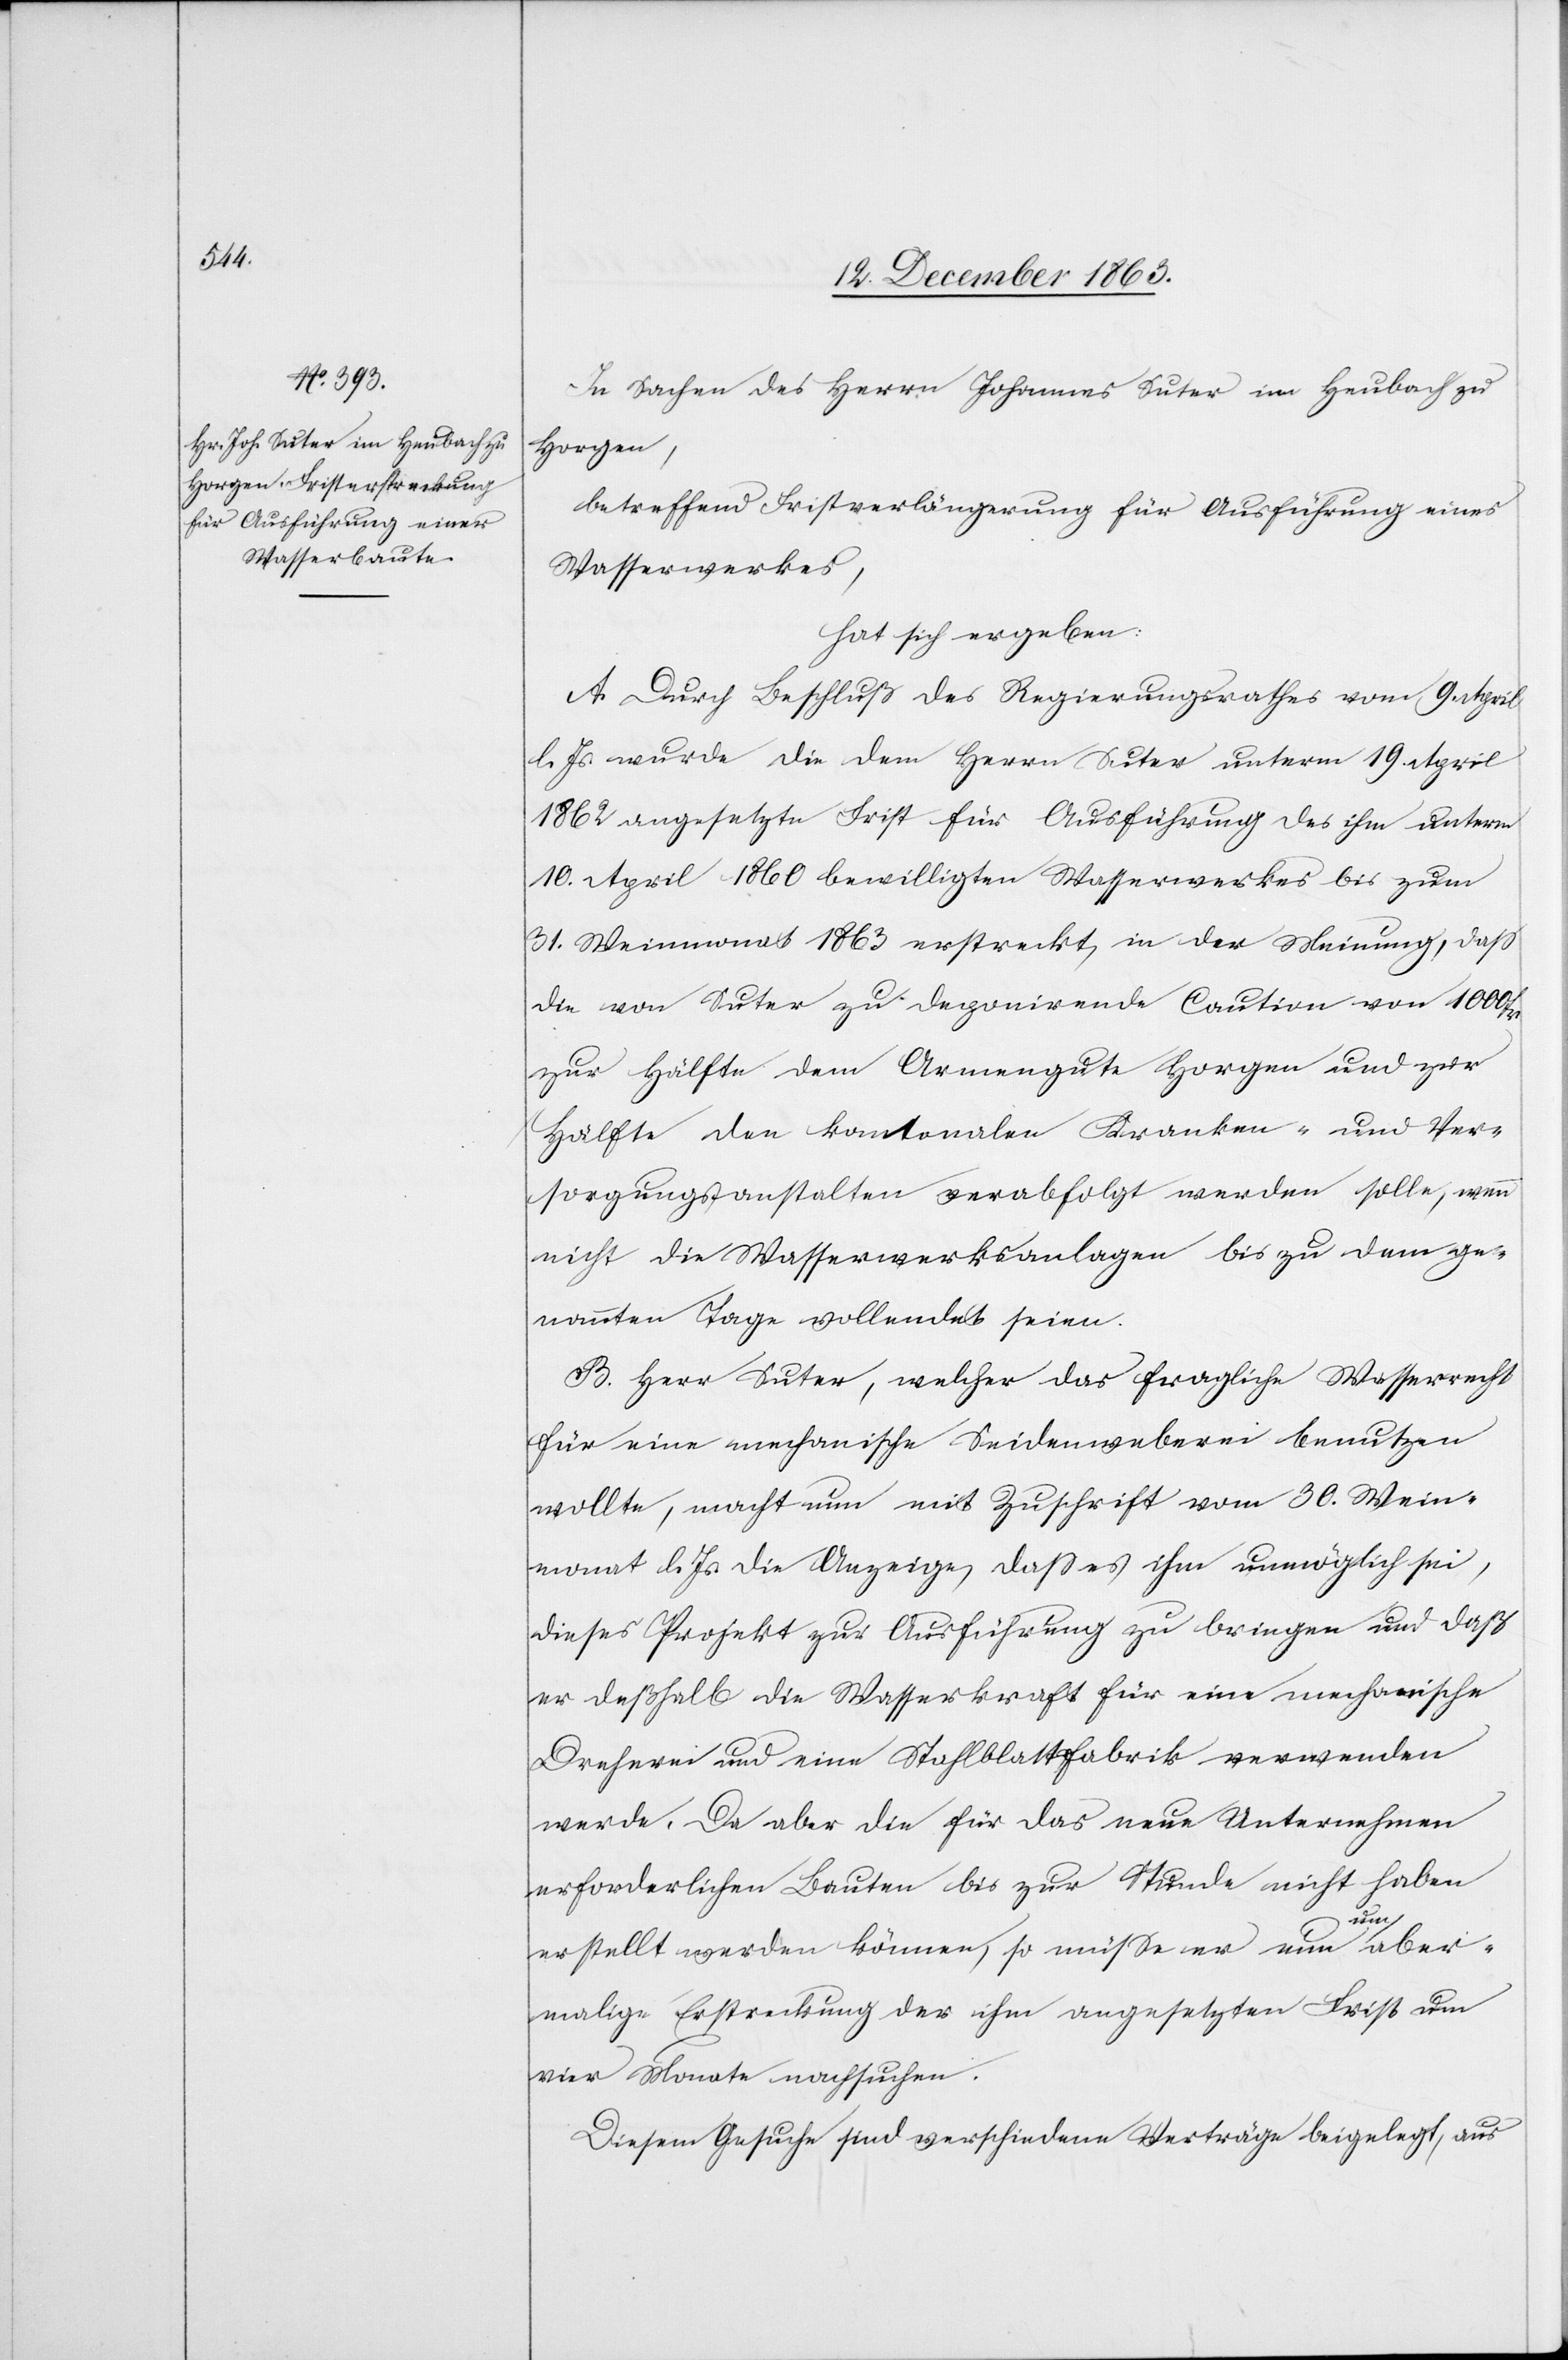
In Sachen des Herrn Johannes Suter im Heubach zu
Horgen,
betreffend Fristverlängerung für Ausführung eines
Wasserwerkes,
hat sich ergeben:
A. Durch Beschluß des Regierungsrathes vom 9. April
l. Js. wurde die dem Herrn Suter unterm 19. April
1862 angesetzte Frist für Ausführung des ihm unterm
10. April 1860 bewilligten Wasserwerkes bis zum
31. Weinmonat 1863 erstreckt, in der Meinung, dass
die von Suter zu deponirende Caution von 1000 fr
zur Hälfte dem Armengute Horgen und zur
Hälfte den kantonalen Kranken- und Ver¬
sorgungsanstalten verabfolgt werden solle, wenn
nicht die Wasserwerksanlagen bis zu dem ge¬
nannten Tage vollendet seien.
B. Herr Suter, welcher das fragliche Wasserrecht
für eine mechanische Seidenweberei benutzen
wollte, macht nun mit Zuschrift vom 30. Wein¬
monat l. Js. die Anzeige, dass es ihm unmöglich sei,
dieses Projekt zur Ausführung zu bringen und daß
er deßhalb die Wasserkraft für eine mechanische
Dreherei und eine Stahlblattfabrik verwenden
werde. Da aber die für das neue Unternehmen
erforderlichen Bauten bis zur Stunde nicht haben
erstellt werden können, so müsse er nun um aber¬
malige Erstreckung der ihm angesetzten Frist um
vier Monate nachsuchen.
Diesem Gesuche sind verschiedene Verträge beigelegt, aus